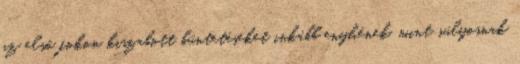
az első fokon kiszabott büntetéseket inkább enyhének, mint súlyosnak